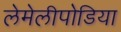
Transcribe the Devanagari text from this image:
लेमेलीपोडिया